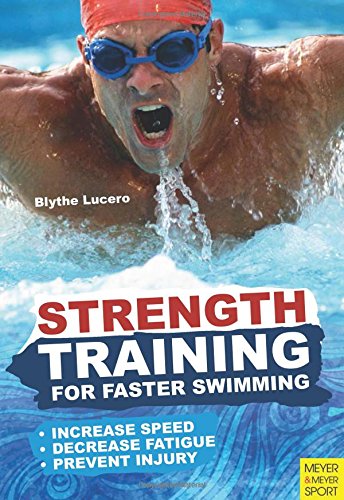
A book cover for Strength Training for Faster Swimming; Blythe Lucero; Health, Fitness & Dieting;